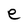
Character: e